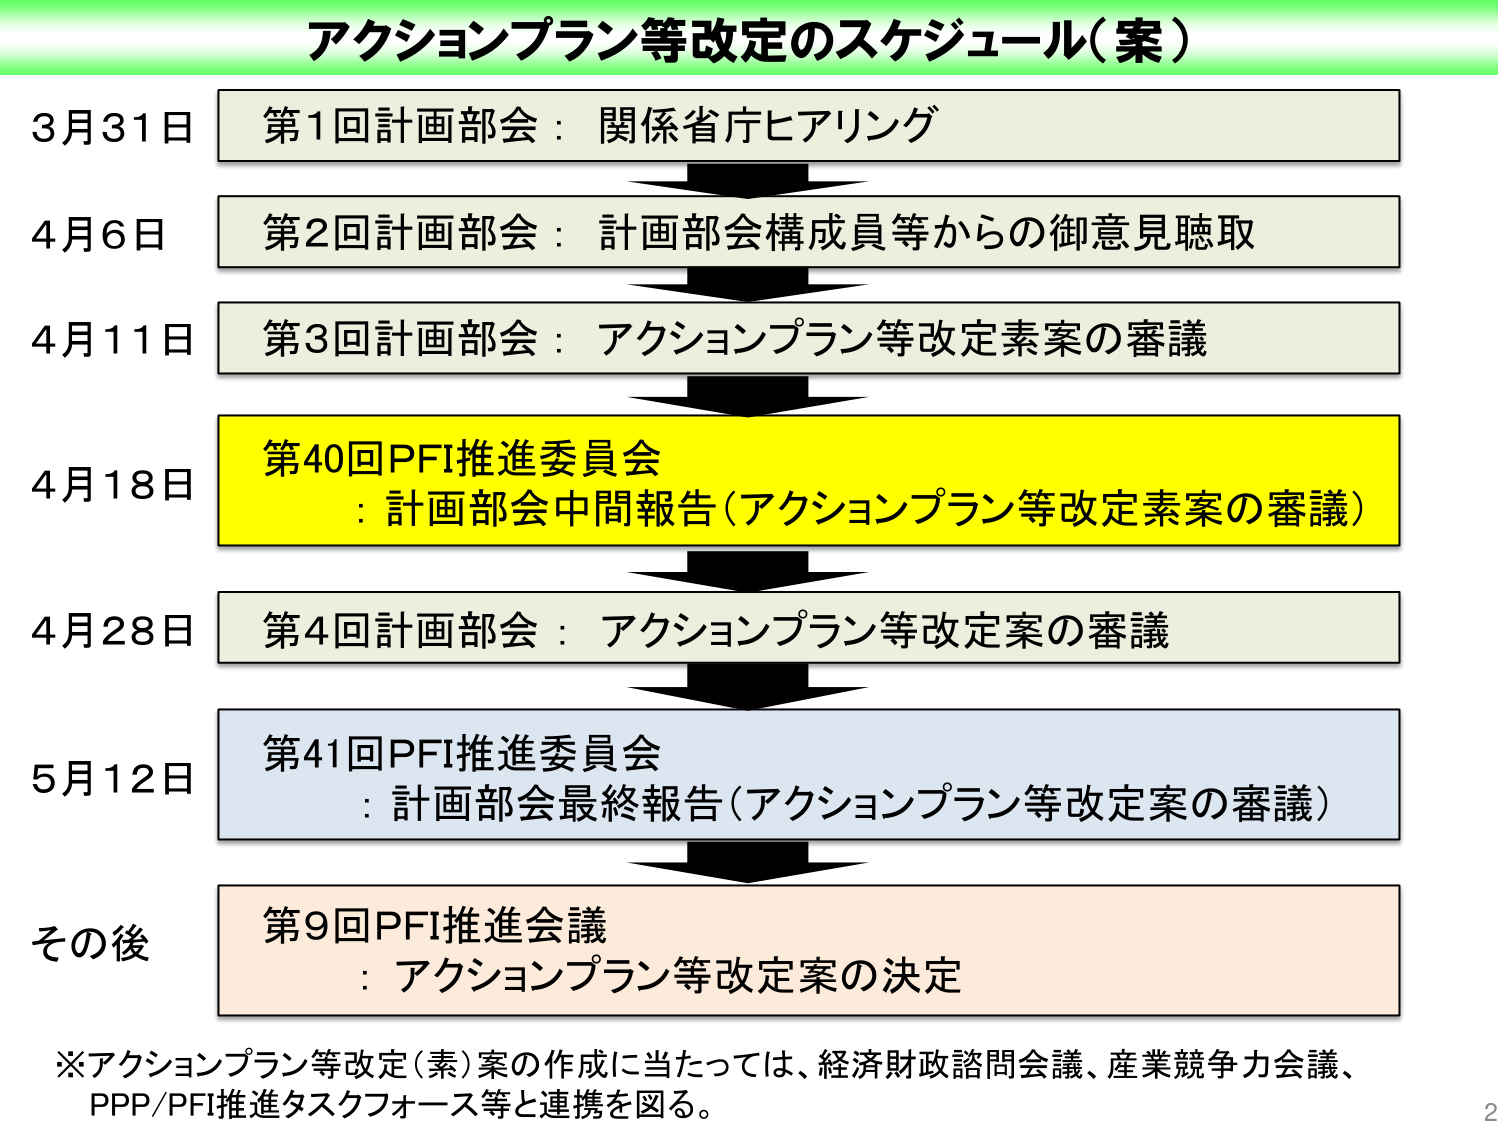
アクションプラン等改定のスケジュール（案）

3月31日　第1回計画部会：関係省庁ヒアリング

4月6日　第2回計画部会：計画部会構成員等からの御意見聴取

4月11日　第3回計画部会：アクションプラン等改定素案の審議

4月18日　第40回PFI推進委員会
　　　　　：計画部会中間報告（アクションプラン等改定素案の審議）

4月28日　第4回計画部会：アクションプラン等改定案の審議

5月12日　第41回PFI推進委員会
　　　　　：計画部会最終報告（アクションプラン等改定案の審議）

その後　第9回PFI推進会議
　　　　：アクションプラン等改定案の決定

※アクションプラン等改定（素）案の作成に当たっては、経済財政諮問会議、産業競争力会議、
　PPP/PFI推進タスクフォース等と連携を図る。

2